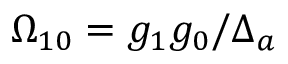
\Omega _ { 1 0 } = g _ { 1 } g _ { 0 } / \Delta _ { a }